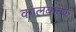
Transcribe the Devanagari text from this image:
कालवाचक